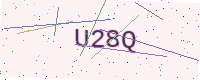
Text: U28Q